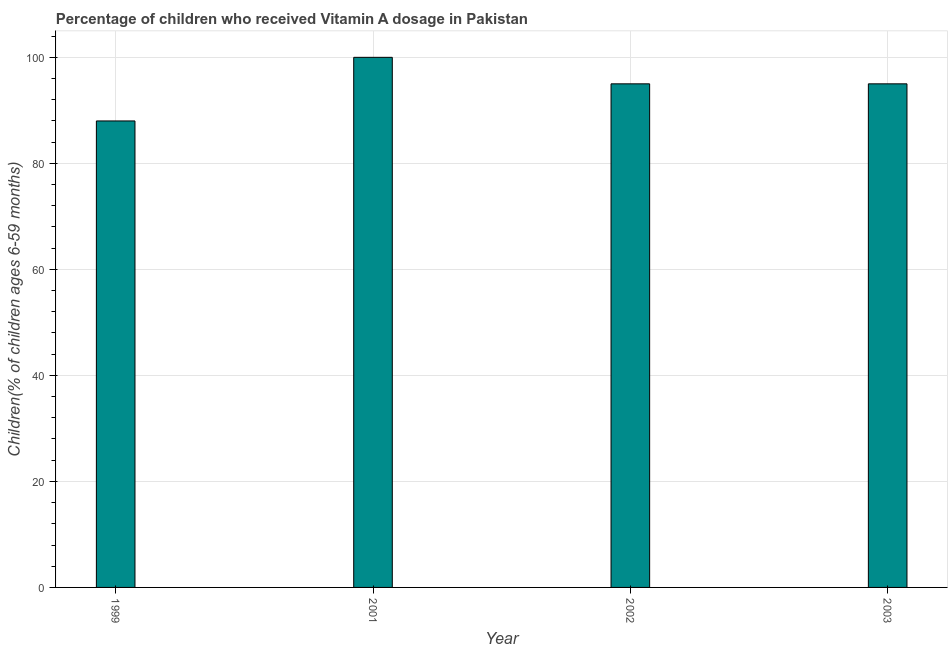
| Year | Vitamin A supplementation coverage rate  |
 | --- | --- |
 | 1999 | 88 |
 | 2001 | 100 |
 | 2002 | 95 |
 | 2003 | 95 |